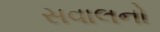
સવાલનો